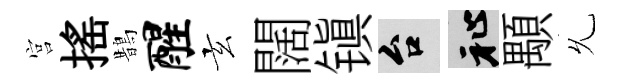
宫揺鵲醒玄闊镇台祉顒𠃔